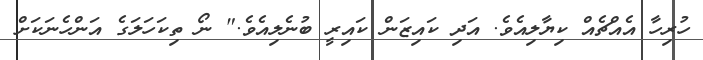
ހުރިހާ އެއްޗެއް ކިޔާލިއެވެ. އަދި ކައިޒަން ކައިރީ ބުނެލިއެވެ." ނޯ ތިކަހަލަގެ އަންހެނަކަށް